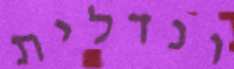
ונדלית